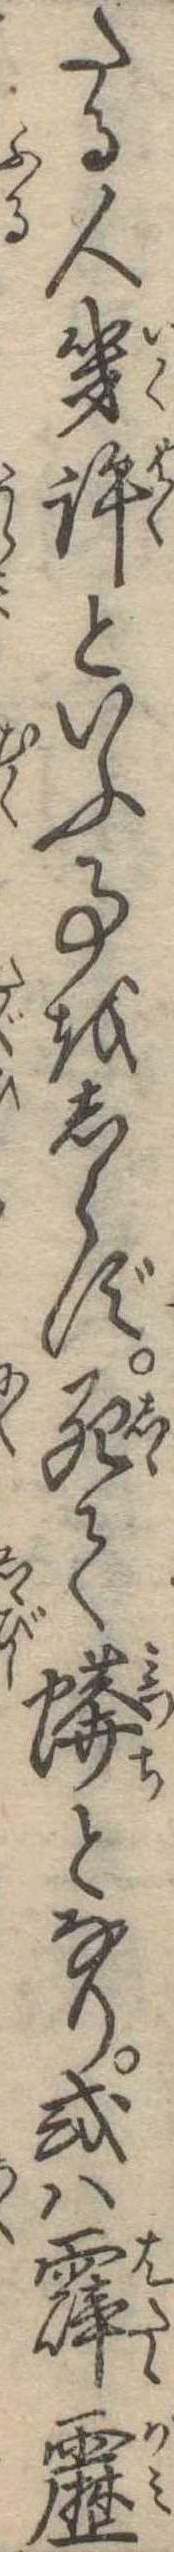
たる人幾許といふ事をしらず死て蠎となり或は霹靂